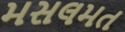
મસલમત